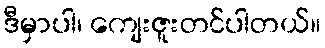
ဒီမှာပါ၊ ကျေးဇူးတင်ပါတယ်။